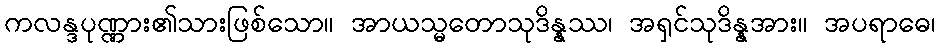
ကလန္ဒပုဏ္ဏား၏သားဖြစ်သော။ အာယသ္မတောသုဒိန္နဿ၊ အရှင်သုဒိန္နအား။ အပရာဓေ၊